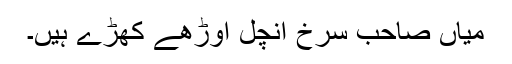
میاں صاحب سرخ آنچل اوڑھے کھڑے ہیں۔